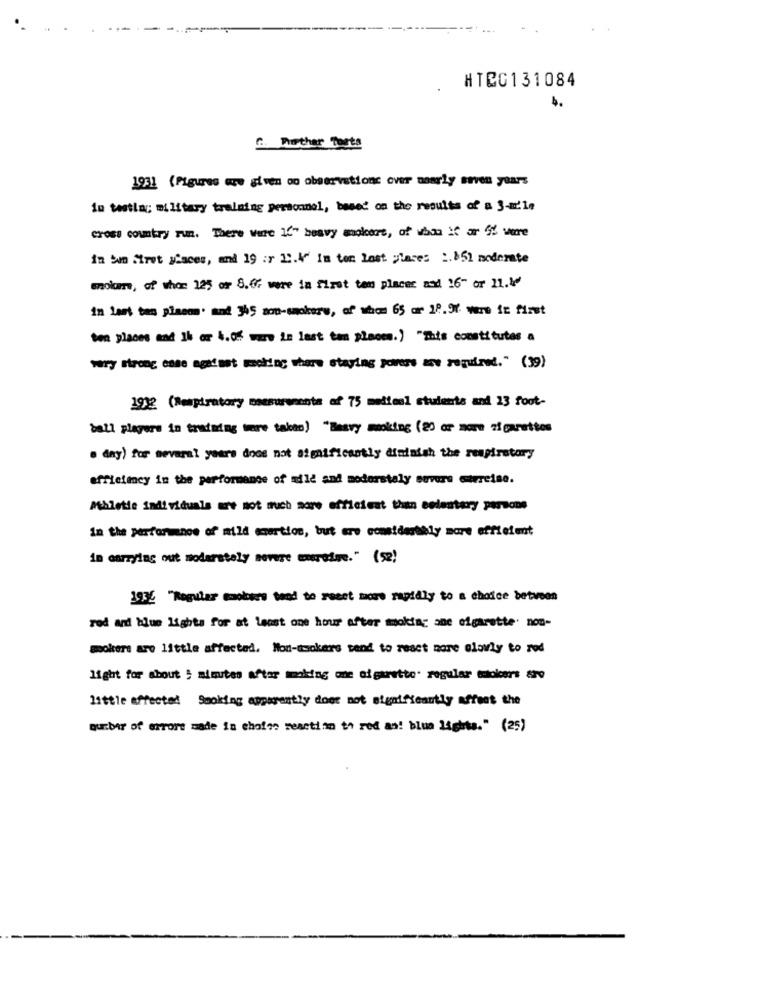
HTCG131084
C. Whether Toets
1931 (Figures ww given oo observationc over naarly seven years
In testla ;; military training personnel, based on the results of a 3-m21;
cross country run. There were 16" heavy mokers, of what if ar 55 were
in Cum Siret glaces, and 19 :r 1.4" In ton Lost place: :. $51 moderate
mole, of whom 125 or 8.07 were in first tem places and 16" or 21.4
in lant tan planon' and 345 non-smokers, of whom 65 or 18.97 www it first
ten places and 1b or 4.08 was in last tam places.) "This constitutes a
wry strong ense against wohin; there staying pores zu required." (39)
1912 (Respiratory massurventa af 75 medtes1 students and 23 foot-
ball players in training more takao) "Besvy mmoking (20 or more zigarettes
a day) for several years does not significantly diminish the respiratory
efficiency in the performance of mild and modorstaly sovere wirreise.
Athletie individuals are not much more efficient than eedentary persone
In the performance of mild emertion, but are comidastely more efficient
in carrying out nodarstaly sovere exercise." (52)
1932 "Regular smokers tend to reset more rapidly to a choice between
red and blue lights for at least one hour after moktag ane cigarette. non-
mokers aro little affected. Mon-ssokers tend to react more olavly to rod
light for about ; minutes after making one ofgarette. regular stokers 82o
little effected Smoking apparently dose not significantly affect the
ourbar of errore made in choice meaction to red as! blun 14ghts." (25)